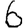
Digit: 6